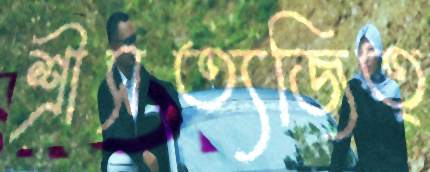
শ্রীসত্যজিত্